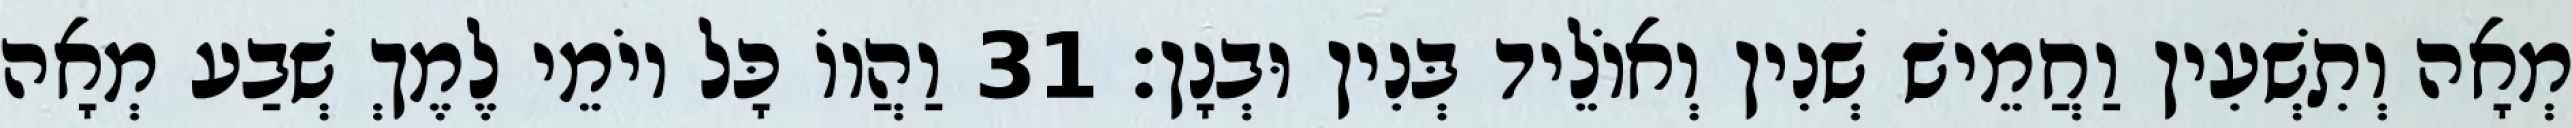
מְאָה וְתִשְׁעִין וַחֲמֵישׁ שְׁנִין וְאוֹלֵיד בְּנִין וּבְנָן׃ 31 וַהֲווֹ כָּל יוֹמֵי לֶמֶךְ שְׁבַע מְאָה